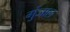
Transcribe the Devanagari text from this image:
गुंजाल